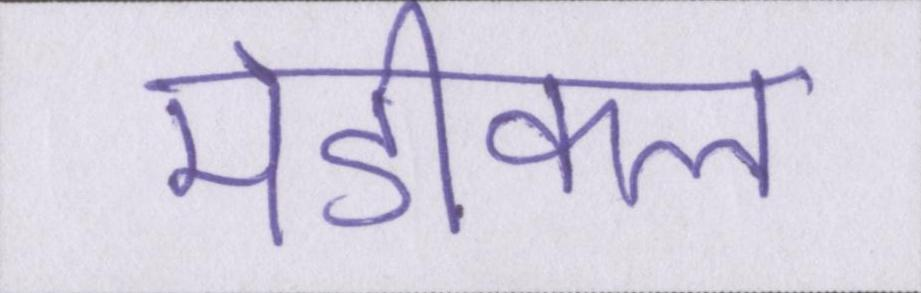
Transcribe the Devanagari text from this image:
मेडीकल